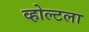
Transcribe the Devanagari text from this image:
व्होल्टला